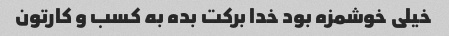
خیلی خوشمزه بود خدا برکت بده به کسب و کارتون